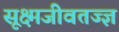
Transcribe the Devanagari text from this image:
सूक्ष्मजीवतज्ज्ञ